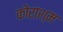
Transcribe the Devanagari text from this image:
कोराश्म